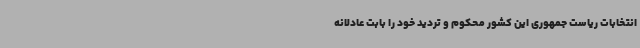
انتخابات ریاست جمهوری این کشور محکوم و تردید خود را بابت عادلانه